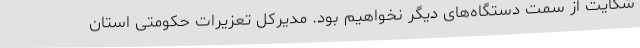
شکایت از سمت دستگاه‌های دیگر نخواهیم بود. مدیرکل تعزیرات حکومتی استان